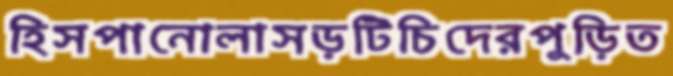
হিসপানোলাসড়টিচিদেরপুড়িত